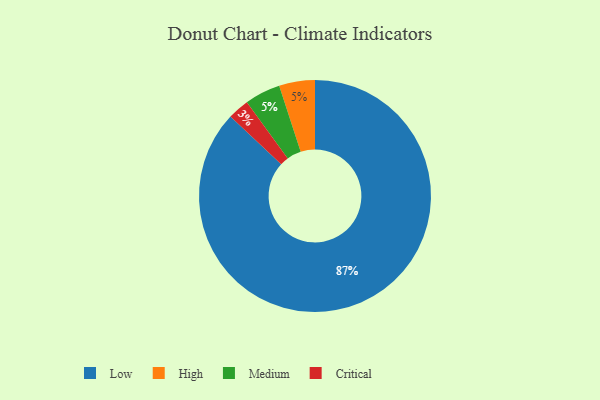
{"axis": {"x": "Category", "y": "Percentage"}, "legend": ["Critical", "High", "Low", "Medium"], "data": [{"x": "Critical", "y": 3, "type": "Critical"}, {"x": "High", "y": 5, "type": "High"}, {"x": "Medium", "y": 5, "type": "Medium"}, {"x": "Low", "y": 87, "type": "Low"}]}